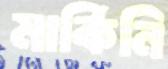
মার্কিনি